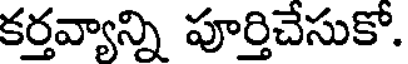
కర్తవ్యాన్ని పూర్తిచేసుకో.